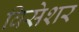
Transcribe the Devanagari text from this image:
विसेशर